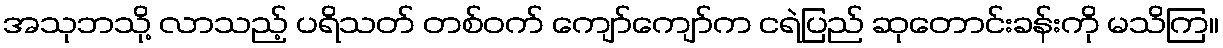
အသုဘသို့ လာသည့် ပရိသတ် တစ်ဝက် ကျော်ကျော်က ငရဲပြည် ဆုတောင်းခန်းကို မသိကြ။